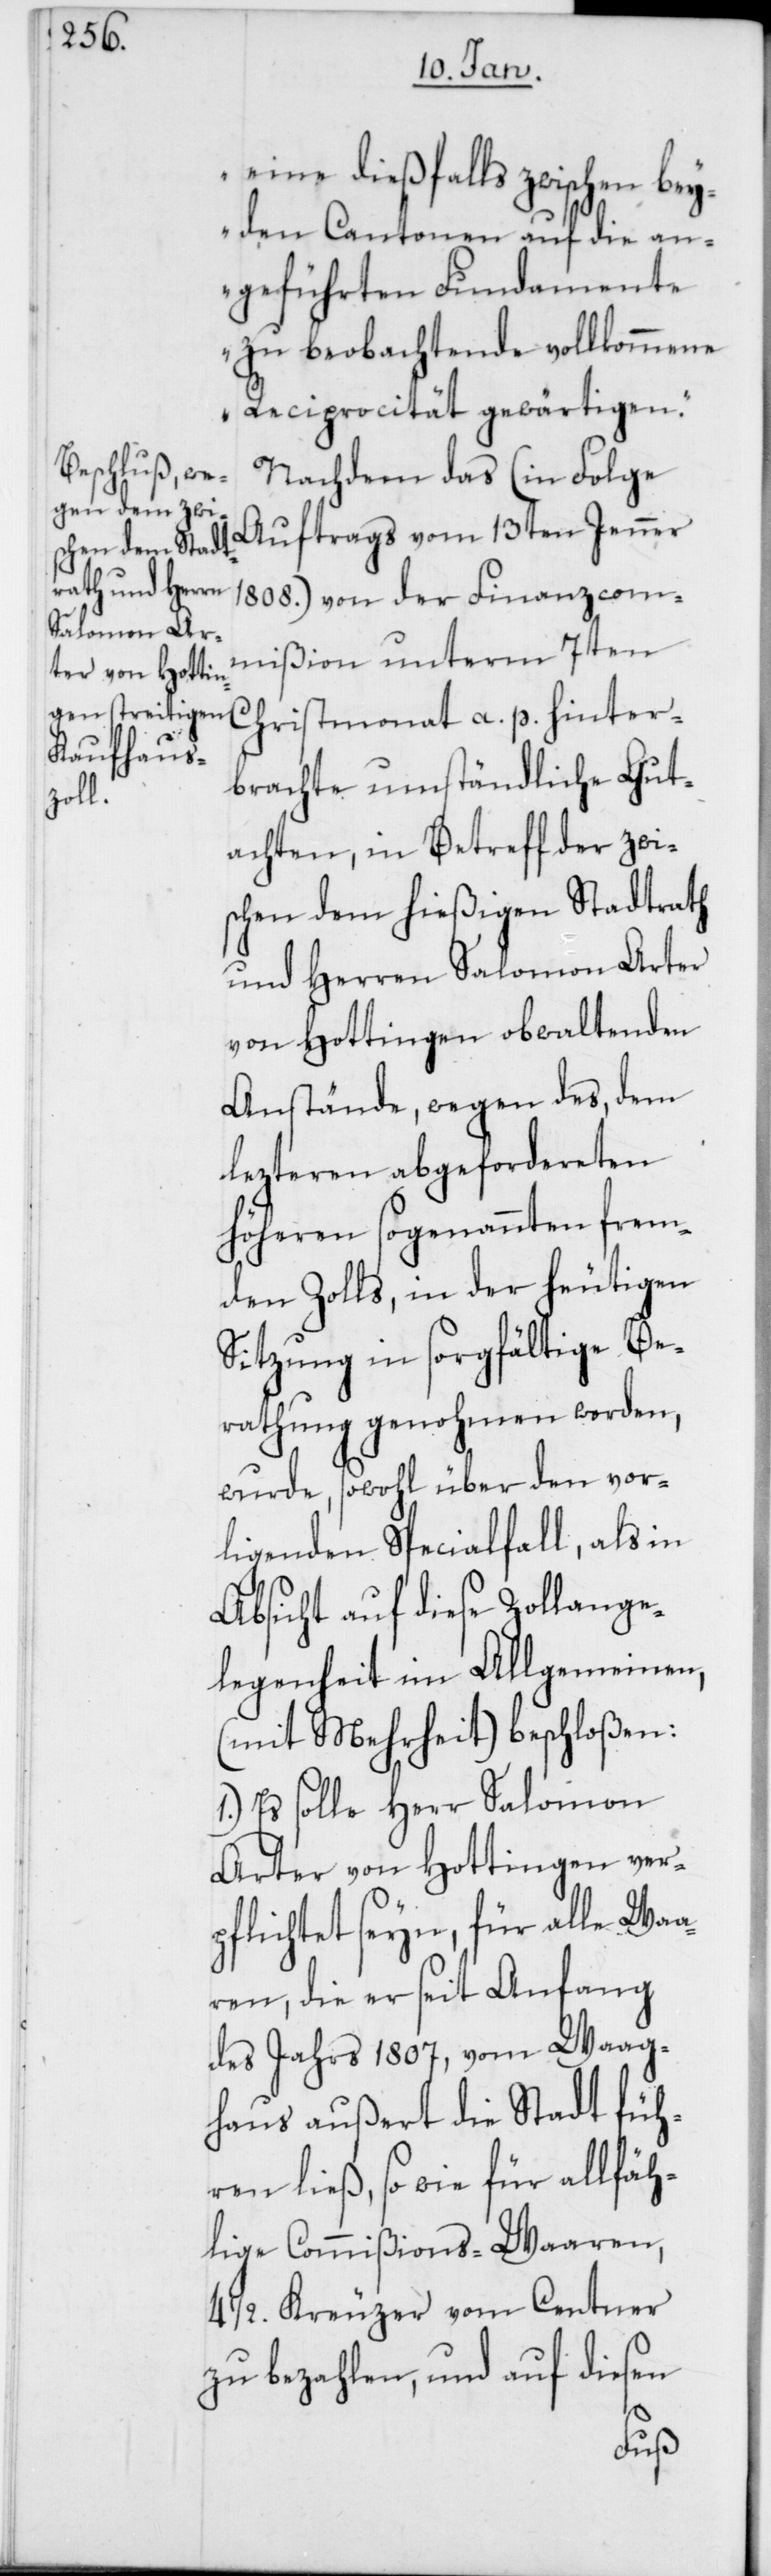
eine dießfalls zwischen bey¬
den Cantonen auf die an¬
geführten Fundamente
zu beobachtende vollkommene
Reciprocität gewärtigen.“
Nachdem das (in Folge
Auftrags vom 13ten Jenner
1808.) von der Finanzcom¬
mißion unterm 7ten
Christmonat a. p. hinter¬
brachte umständliche Gut¬
achten, in Betreff der zwi¬
schen dem hießigen Stadtrath
und Herren Salomon Arter
von Hottingen obwaltenden
Anstände, wegen des, dem
lezteren abgefordereten
höheren sogenannten frem¬
den Zolls, in der heutigen
Sitzung in sorgfältige Be¬
rathung genohmen worden,
wurde, sowohl über den vor¬
ligenden Specialfall, als in
Absicht auf diese Zollange¬
legenheit im Allgemeinen,
(mit Mehrheit) beschloßen:
1.) Es solle Herr Salomon
Arter von Hottingen ver¬
pflichtet seyn, für alle Waa¬
ren, die er seit Anfang
des Jahrs 1807, vom Waag¬
haus außert die Stadt füh¬
ren ließ, so wie für allfäh¬
lige Commißions-Waaren,
4 1/2. Kreuzer vom Centner
zu bezahlen, und auf diesen